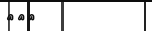
١٦٣